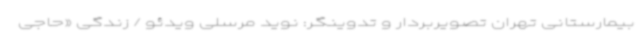
بیمارستانی تهران تصویربردار و تدوینگر: نوید مرسلی ویدئو / زندگی «حاجی